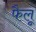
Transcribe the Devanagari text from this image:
फैलू